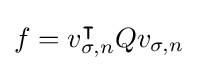
f=v_{\sigma ,n}^{\intercal }Qv_{\sigma ,n}